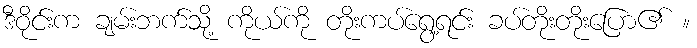
ဒီဝိုင်းက ချမ်းဘက်သို့ ကိုယ်ကို တိုးကပ်ရွေ့ရင်း ခပ်တိုးတိုးပြော၏ ။